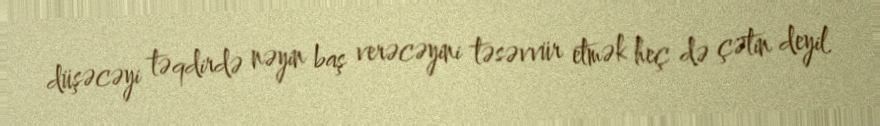
düşəcəyi təqdirdə nəyin baş verəcəyini təsəvvür etmək heç də çətin deyil.